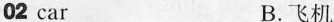
02 car B.飞机